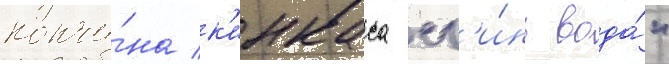
кончи́на к'инкаса сг'и́нь вода́"